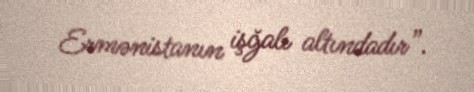
Ermənistanın işğalı altındadır”.